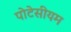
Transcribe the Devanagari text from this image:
पोटेसीयम